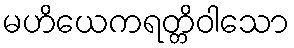
မဟိယေကရတ္တိဝါသော